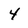
Character: 4